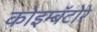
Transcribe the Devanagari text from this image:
कोइम्बॅटोरे